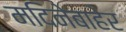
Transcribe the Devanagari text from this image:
मदिनेबाहेर